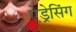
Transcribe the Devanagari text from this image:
ऐड्रेसिंग